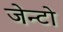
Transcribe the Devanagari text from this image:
जेन्टो